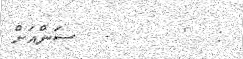
:  '     -  ސަންއަށް